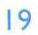
19